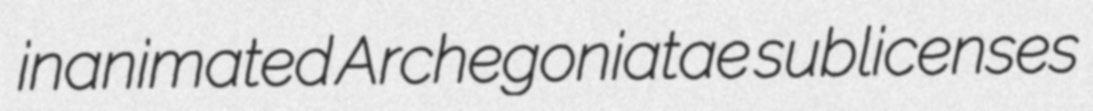
inanimated Archegoniatae sublicenses